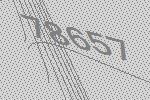
78657